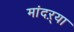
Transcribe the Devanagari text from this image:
मांदऱ्या